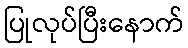
ပြုလုပ်ပြီးနောက်